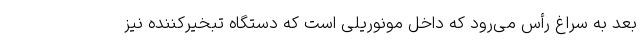
بعد به سراغ رأس می‌رود که داخل مونوریلی است که دستگاه تبخیرکننده نیز